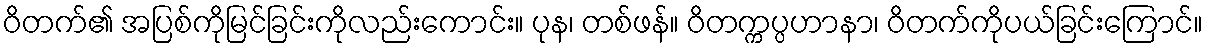
ဝိတက်၏ အပြစ်ကိုမြင်ခြင်းကိုလည်းကောင်း။ ပုန၊ တစ်ဖန်။ ဝိတက္ကပ္ပဟာနာ၊ ဝိတက်ကိုပယ်ခြင်းကြောင်။